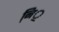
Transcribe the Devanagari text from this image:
नि़॒